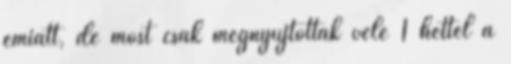
emiatt, de most csak megnyújtották vele 1 héttel a